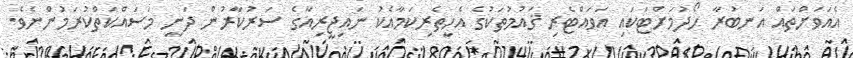
އެއަވަށްތައް އަނބުރާ ހޯދުމަށްޓަކައި އަވައްޓެރި ޤައުމުތަކުގެ އެހީތެރިކަމާއެކު ނައިޖީރިއާގެ ސަރުކާރުން ދަނީ މަސައްކަތްކުރަމުންނެވެ.